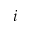
i